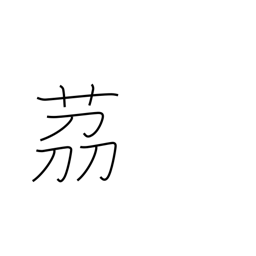
Meaning: small onion